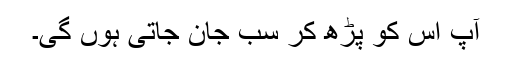
آپ اس کو پڑھ کر سب جان جاتی ہوں گی۔